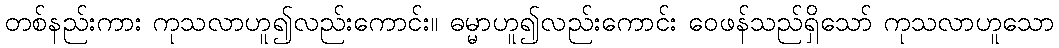
တစ်နည်းကား ကုသလာဟူ၍လည်းကောင်း။ ဓမ္မာဟူ၍လည်းကောင်း ဝေဖန်သည်ရှိသော် ကုသလာဟူသော